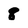
Character: 8